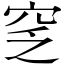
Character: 窆